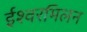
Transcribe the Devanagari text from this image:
ईश्वरमिलन